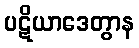
ပဋိယာဒေတွာန